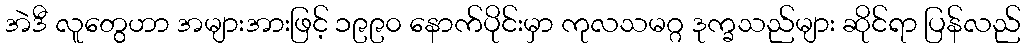
အဲဒီ လူတွေဟာ အများအားဖြင့် ၁၉၉၀ နောက်ပိုင်းမှာ ကုလသမဂ္ဂ ဒုက္ခသည်များ ဆိုင်ရာ ပြန်လည်